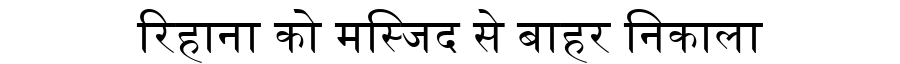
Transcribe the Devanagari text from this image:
रिहाना को मस्जिद से बाहर निकाला